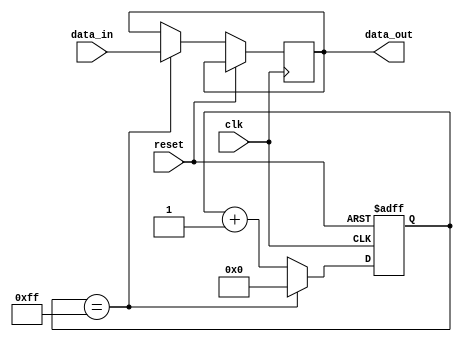
module rc_delay (
  input wire clk,
  input wire reset,
  input wire data_in,
  output reg data_out
);

reg [7:0] counter;
reg [7:0] delay_value = 8'hFF; // Adjust the delay value as needed

always @ (posedge clk or posedge reset) begin
  if (reset) begin
    counter <= 8'h00;
  end else begin
    if (counter == delay_value) begin
      data_out <= data_in;
      counter <= 8'h00;
    end else begin
      counter <= counter + 1;
    end
  end
end

endmodule